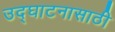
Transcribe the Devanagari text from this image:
उद्घाटनासाठी